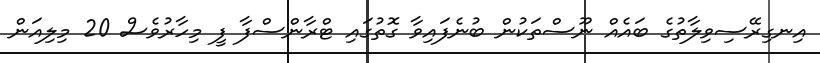
އިނގިރޭސިވިލާތުގެ ބައެއް ނޫސްތަކުން ބުނެފައިވާ ގޮތުގައި ޓްރާންސްފާ ފީ މިހާރުވެސް 20 މިލިއަން